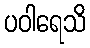
ပဝါရေသိ